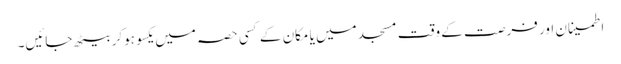
اطمینان اور فرصت کے وقت مسجد میں یا مکان کے کسی حصہ میں یکسو ہوکر بیٹھ جائیں۔